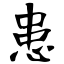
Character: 患